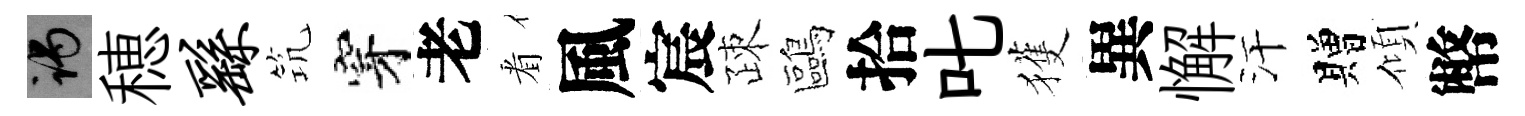
谒穂繇𥬑穿老㸔風宸疎鷗拾叱獲異懈汗贈傾幣